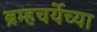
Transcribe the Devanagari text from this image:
ब्रम्हचर्येच्या